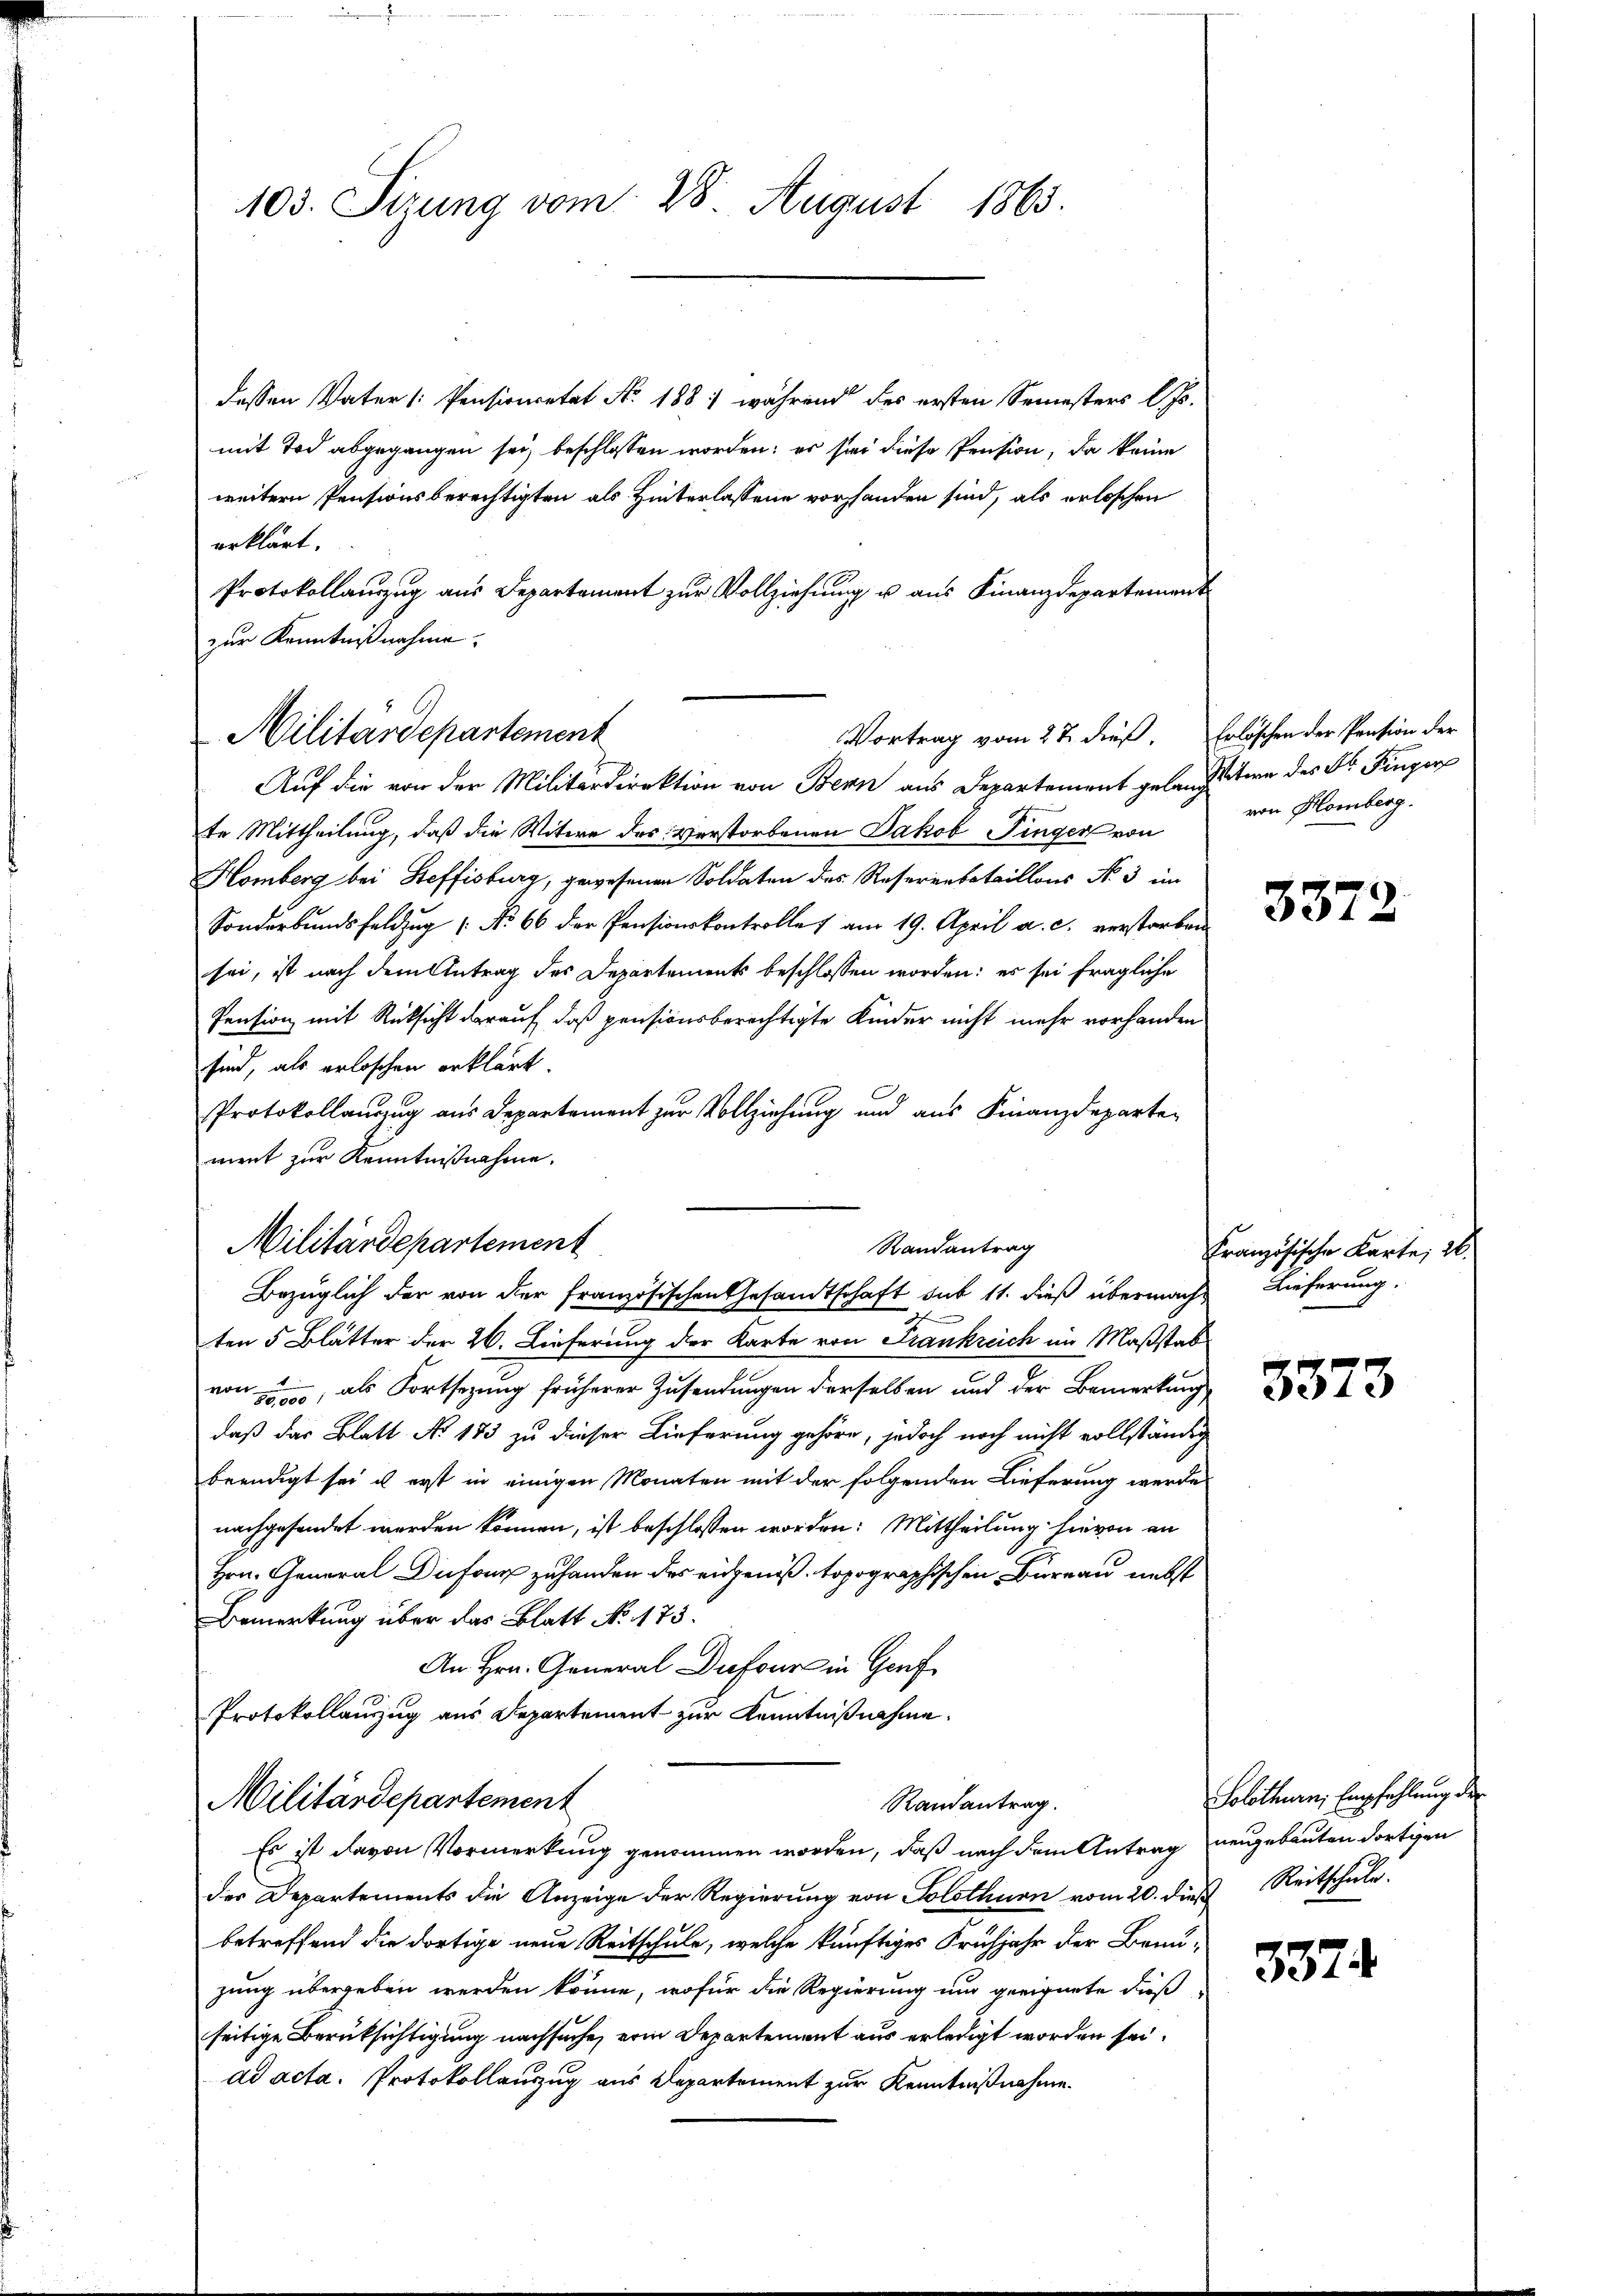
dessen Vater /: Pensionetat No. 1881 während des ersten Semesters l. Js.
mit Tod abgegangen sei, beschlossen worden; es sei diese Pension, da keine
weitern Pensionsberechtigten als Hinterlassene vorhanden sind, als erloschen
erklärt.
Protokollauszug aus Departament zŭr Vollziehŭng u aŭs Finanzdepartement
zur Kenntnißnahme.
Auf die von der Militärdirektion von Bern aus Departement gelangt in des Dr. Fingers
te Mittheilung, daß die Witwe des Verstorbenen Jakob Finger von
Homberg bei Steffisburg, gewesenen Soldaten des Resererbataillons No 3 im
Sonderbundsfeldzug No 66 der Pensionskontrolles am 19. April a. c. verstorben
sei, ist nach dem Antrag des Departements beschlossen worden: es sei fragliche
Pension mit Rücksicht darauf, daß pensionsberechtigte Kinder nicht mehr vorhanden
sind, als erloschen erklärt.
Protokollauszug aus Departement zur Vollziehung und aus Finanzdeparte-
ment zur Kenntnißnahme.
ten 5 Blätter der 26. Lieferung der Karte von Frankreich im Maßstab
von 5, als Fortsezung früherer Zusendungen derselben und der Bemerkung
daß das Blatt No. 183 zu dieser Lieferung gehöre, jedoch noch nicht vollständig
beendigt sei u erst in einigen Monaten mit der folgenden Lieferung werde
nachgesendet werden können, ist beschlossen worden: Mittheilung hievon an
Hrn. General Dufour zu handen des eichens topographischen Bureau nebst
Bemerkung über das Blatt No. 173.
An Hrn. General Dufour in Genf
Protokollauszug aus Departement zur Kenntnißnahme.
Militärdepartement
Randantrag.
Es ist davon Vormerkung genommen worden, daß nach dem Antrag neugebauten dortigen
der Departements die Anzeige der Regierung von Solothurn vom 20. dieß Reitschule.
betreffend die dortige neue Reitschule, welche künftiges Frühjahr der Brunzung übergeben werden könne, wofür die Regierung und geeignete dieß
seitige Berüksichtigung nachsuche, von Departement aus erledigt worden sei.
ad acta. Protokollauszug aus Departement zur Kenntnißnahme.

Vortrag vom 27. dieß. Erlöschen der Pension der
Militärdepartement

103. Sizung vom 28. August 1865.

Militärdepartement
Randantrag
Bezüglich der von der französischen Gesandtschaft sub 11. dieß übermache Lieferung.

von Homberg.

3372

Französische Karte, al

3373

Solothurn, Empfehlung der

3374